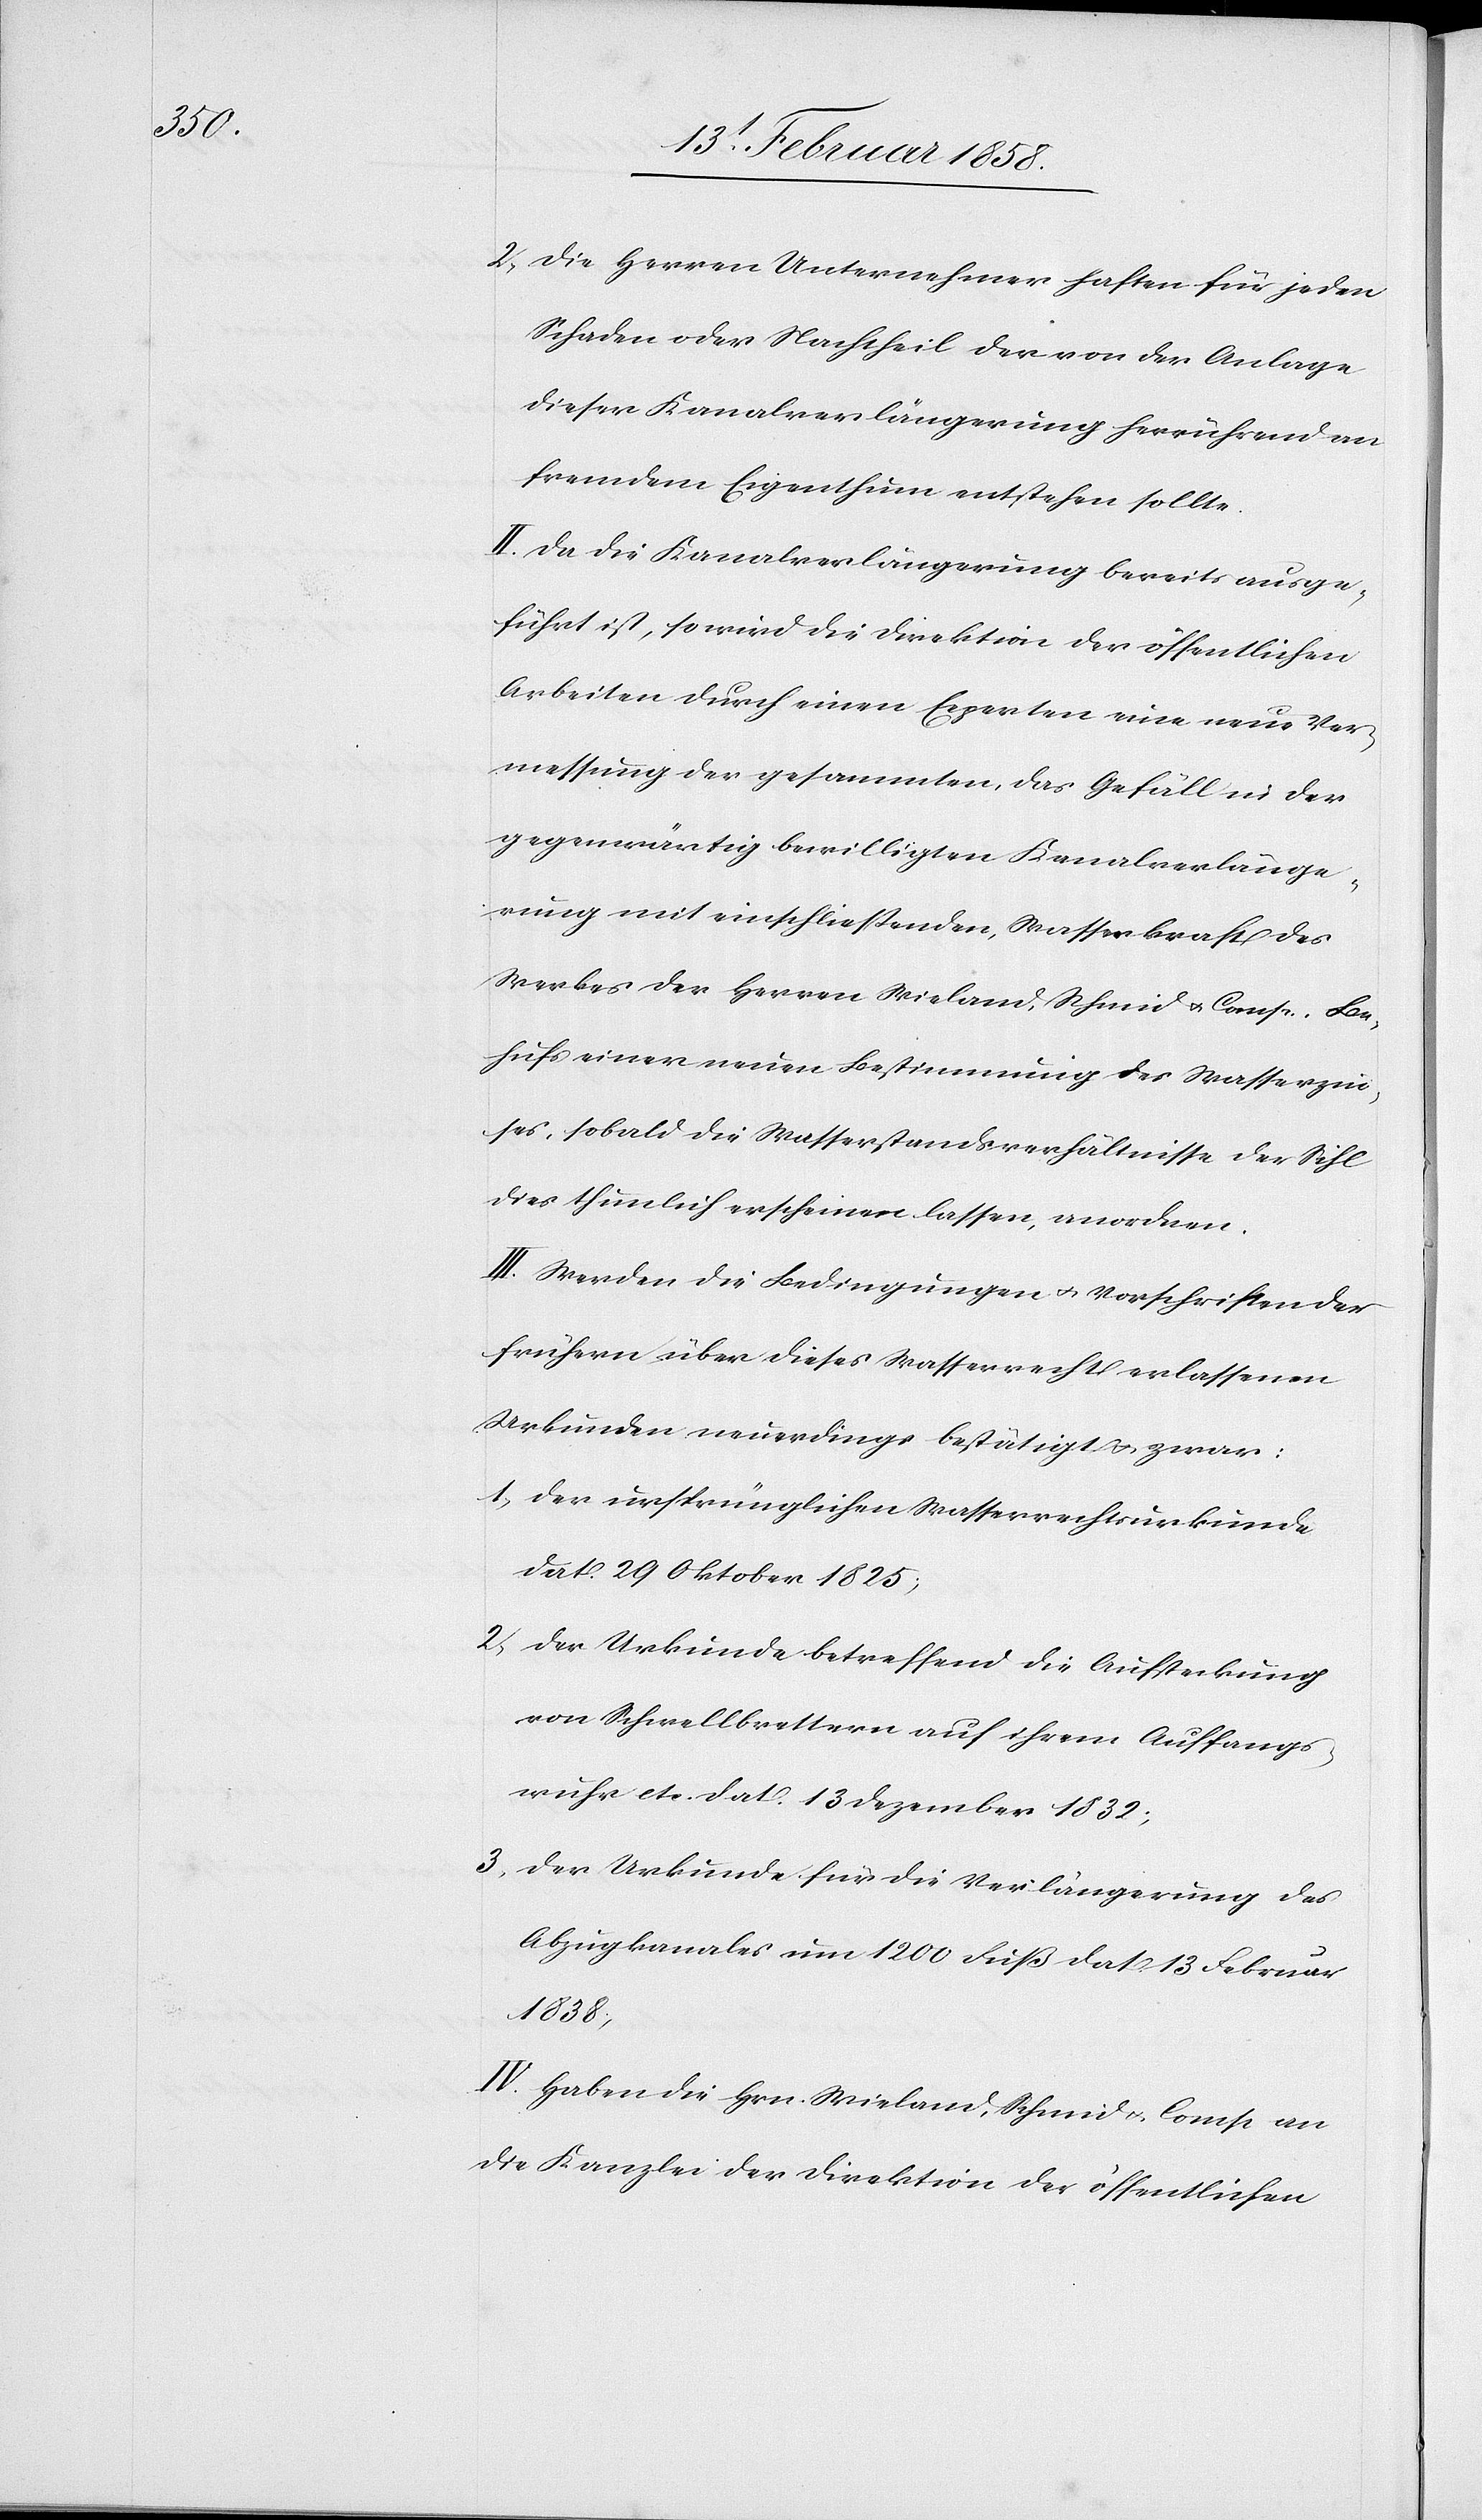
2. Die Herren Unternehmer haften für jeden
Schaden oder Nachtheil der von der Anlage
dieser Kanalverlängerung herrührend an
fremdem Eigenthum entstehen sollte.
II. Da die Kanalverlängerung bereits ausge¬
führt ist, so wird die Direktion der öffentlichen
Arbeiten durch einen Experten eine neue Ver¬
messung der gesammten, das Gefäll in der
gegenwärtig bewilligten Kanalverlänge¬
rung mit einschließenden, Wasserkraft des
Werkes der Herren Wieland, Schmid & Comp. Be¬
hufs einer neuen Bestimmung des Wasserzin¬
ses, sobald die Wasserstandsverhältnisse der Sihl
dies thunlich erscheinen lassen, anordnen.
III. Werden die Bedingungen u. Vorschriften der
frühern über dieses Wasserrecht erlassenen
Urkunden neuerdings bestätigt u. zwar:
1. Der ursprünglichen Wasserrechtsurkunde
dat. 29 Oktober 1825;
2. Der Urkunde betreffend die Aufsteckung
von Schwellbrettern auf ihrem Auffangs¬
wuhr etc. dat. 13 Dezember 1832;
3. Der Urkunde für die Verlängerung des
Abzugkanales um 1200 Fuß dat 13 Februar
1838.
IV. Haben die Hrn. Wieland, Schmid & Comp. an
die Kanzlei der Direktion der öffentlichen